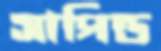
সাপিন্ড